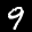
Label: 9